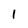
Character: 1